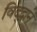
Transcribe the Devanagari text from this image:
विद्द्वान